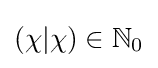
(\chi |\chi )\in \mathbb {N} _{0}